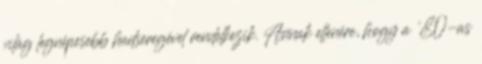
világ legnépesebb hadseregével rendelkezik. Annak ellenére, hogy a '80-as